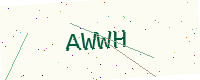
Text: AWWH